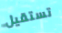
تستقيل